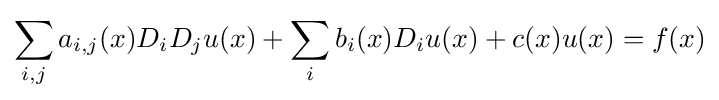
\sum _{i,j}a_{i,j}(x)D_{i}D_{j}u(x)+\sum _{i}b_{i}(x)D_{i}u(x)+c(x)u(x)=f(x)